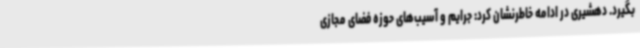
بگیرد. دهشیری در ادامه خاطرنشان کرد: جرایم و آسیب‌های حوزه فضای مجازی